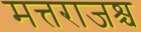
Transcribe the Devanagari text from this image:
मत्तराजश्च